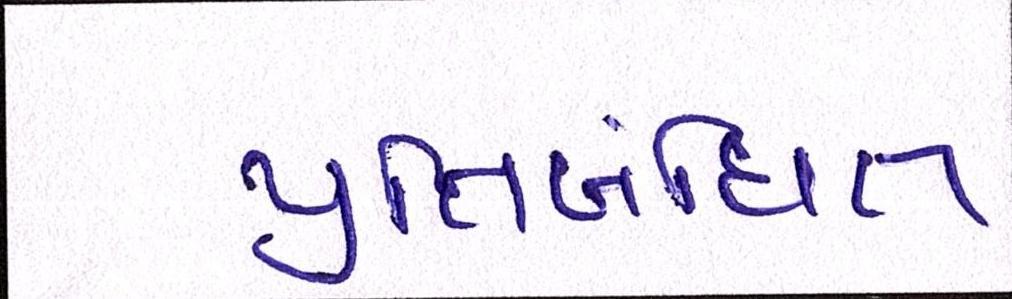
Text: પ્રતિબંધિત